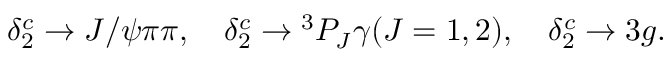
\delta _ { 2 } ^ { c } \rightarrow J / \psi \pi \pi , ~ ~ ~ \delta _ { 2 } ^ { c } \rightarrow { } ^ { 3 } P _ { J } \gamma ( J = 1 , 2 ) , ~ ~ ~ \delta _ { 2 } ^ { c } \rightarrow 3 g .